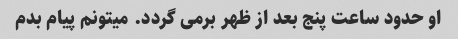
او حدود ساعت پنج بعد از ظهر برمی گردد. میتونم پیام بدم